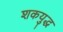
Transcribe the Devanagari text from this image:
शकयुद्ध